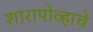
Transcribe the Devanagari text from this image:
शारापोव्हाचे